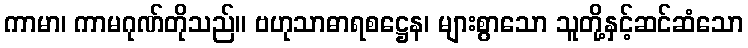
ကာမာ၊ ကာမဂုဏ်တိုသည်။ ဗဟုသာဓာရစဋ္ဌေန၊ များစွာသော သူတို့နှင့်ဆင်ဆံသော